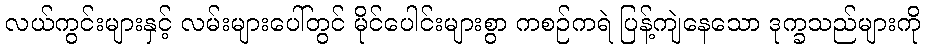
လယ်ကွင်းများနှင့် လမ်းများပေါ်တွင် မိုင်ပေါင်းများစွာ ကစဉ်ကရဲ ပြန့်ကျဲနေသော ဒုက္ခသည်များကို